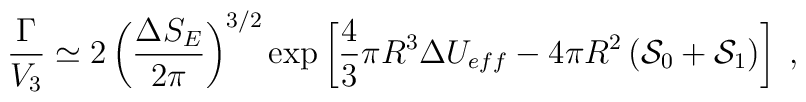
\frac{\Gamma}{V_3} \simeq 2\left(\frac{\Delta S_E}{2\pi}\right)^{3/2}\exp\left[\frac{4}{3}\pi R^3\Delta U_{eff}-4\pi R^2\left({\cal S}_0+{\cal S}_1\right)\right] \;,